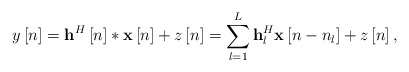
\begin{align*} y\left[ n \right] = {{\bf{h}}^H}\left[ n \right]*{\bf{x}}\left[ n \right] + z\left[ n \right] = \sum\limits_{l = 1}^L {{\bf{h}}_l^H{\bf{x}}\left[ {n - {n_l}} \right]} + z\left[ n \right], \end{align*}